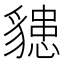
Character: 𧴊